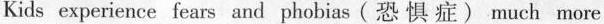
Kids experience fears and phobias (恐 惧症) much more